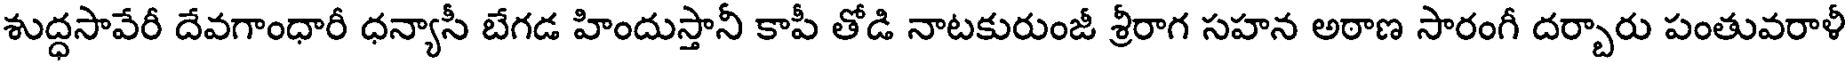
శుద్ధసావేరీ దేవగాంధారీ ధన్యాసీ బేగడ హిందుస్తానీ కాపీ తోడి నాటకురుంజీ శ్రీరాగ సహన అఠాణ సారంగీ దర్బారు పంతువరాళీ